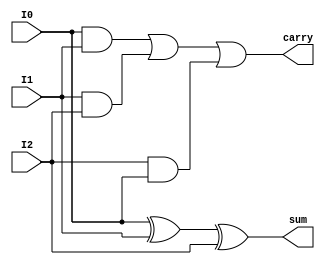
`timescale 1ns / 1ps
//////////////////////////////////////////////////////////////////////////////////
// Company: 
// Engineer: 
// 
// Design Name: 
// Module Name:    full_adder 
// Project Name: 
// Target Devices: 
// Tool versions: 
// Description: 
//
// Dependencies: 
//
// Revision: 
// Revision 0.01 - File Created
// Additional Comments: 
//
//////////////////////////////////////////////////////////////////////////////////
module full_adder(I0,I1,I2,sum,carry);
input I0,I1,I2;
output sum, carry;
   
assign sum = I0^I1^I2;
assign carry = (I0&I1) |(I1&I2) |(I2&I0);

endmodule